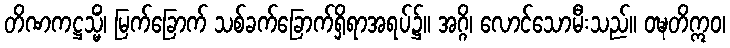
တိဏကဋ္ဌသ္မိံ၊ မြက်ခြောက် သစ်ခက်ခြောက်ရှိရာအရပ်၌။ အဂ္ဂိ၊ လောင်သောမီးသည်။ ဝဍ္ဎတိဣဝ၊